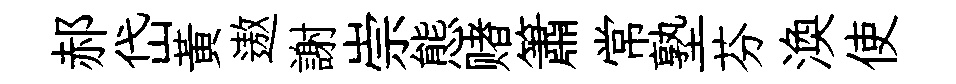
郝岱黃遨謝崇態赌簫常塾芬渙使